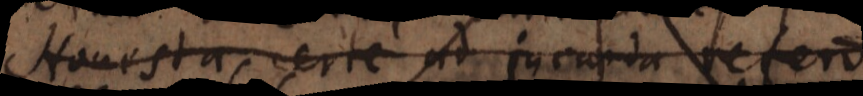
Honesta certe ad jucunda refero